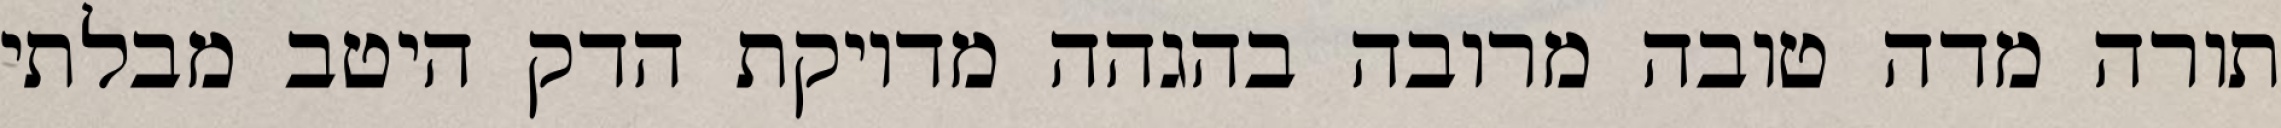
תורה מדה טובה מרובה בהגהה מדויקת הדק היטב מבלתי